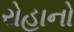
રોહાનો